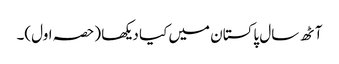
آٹھ سال پاکستان میں کیا دیکھا (حصہ اول)۔